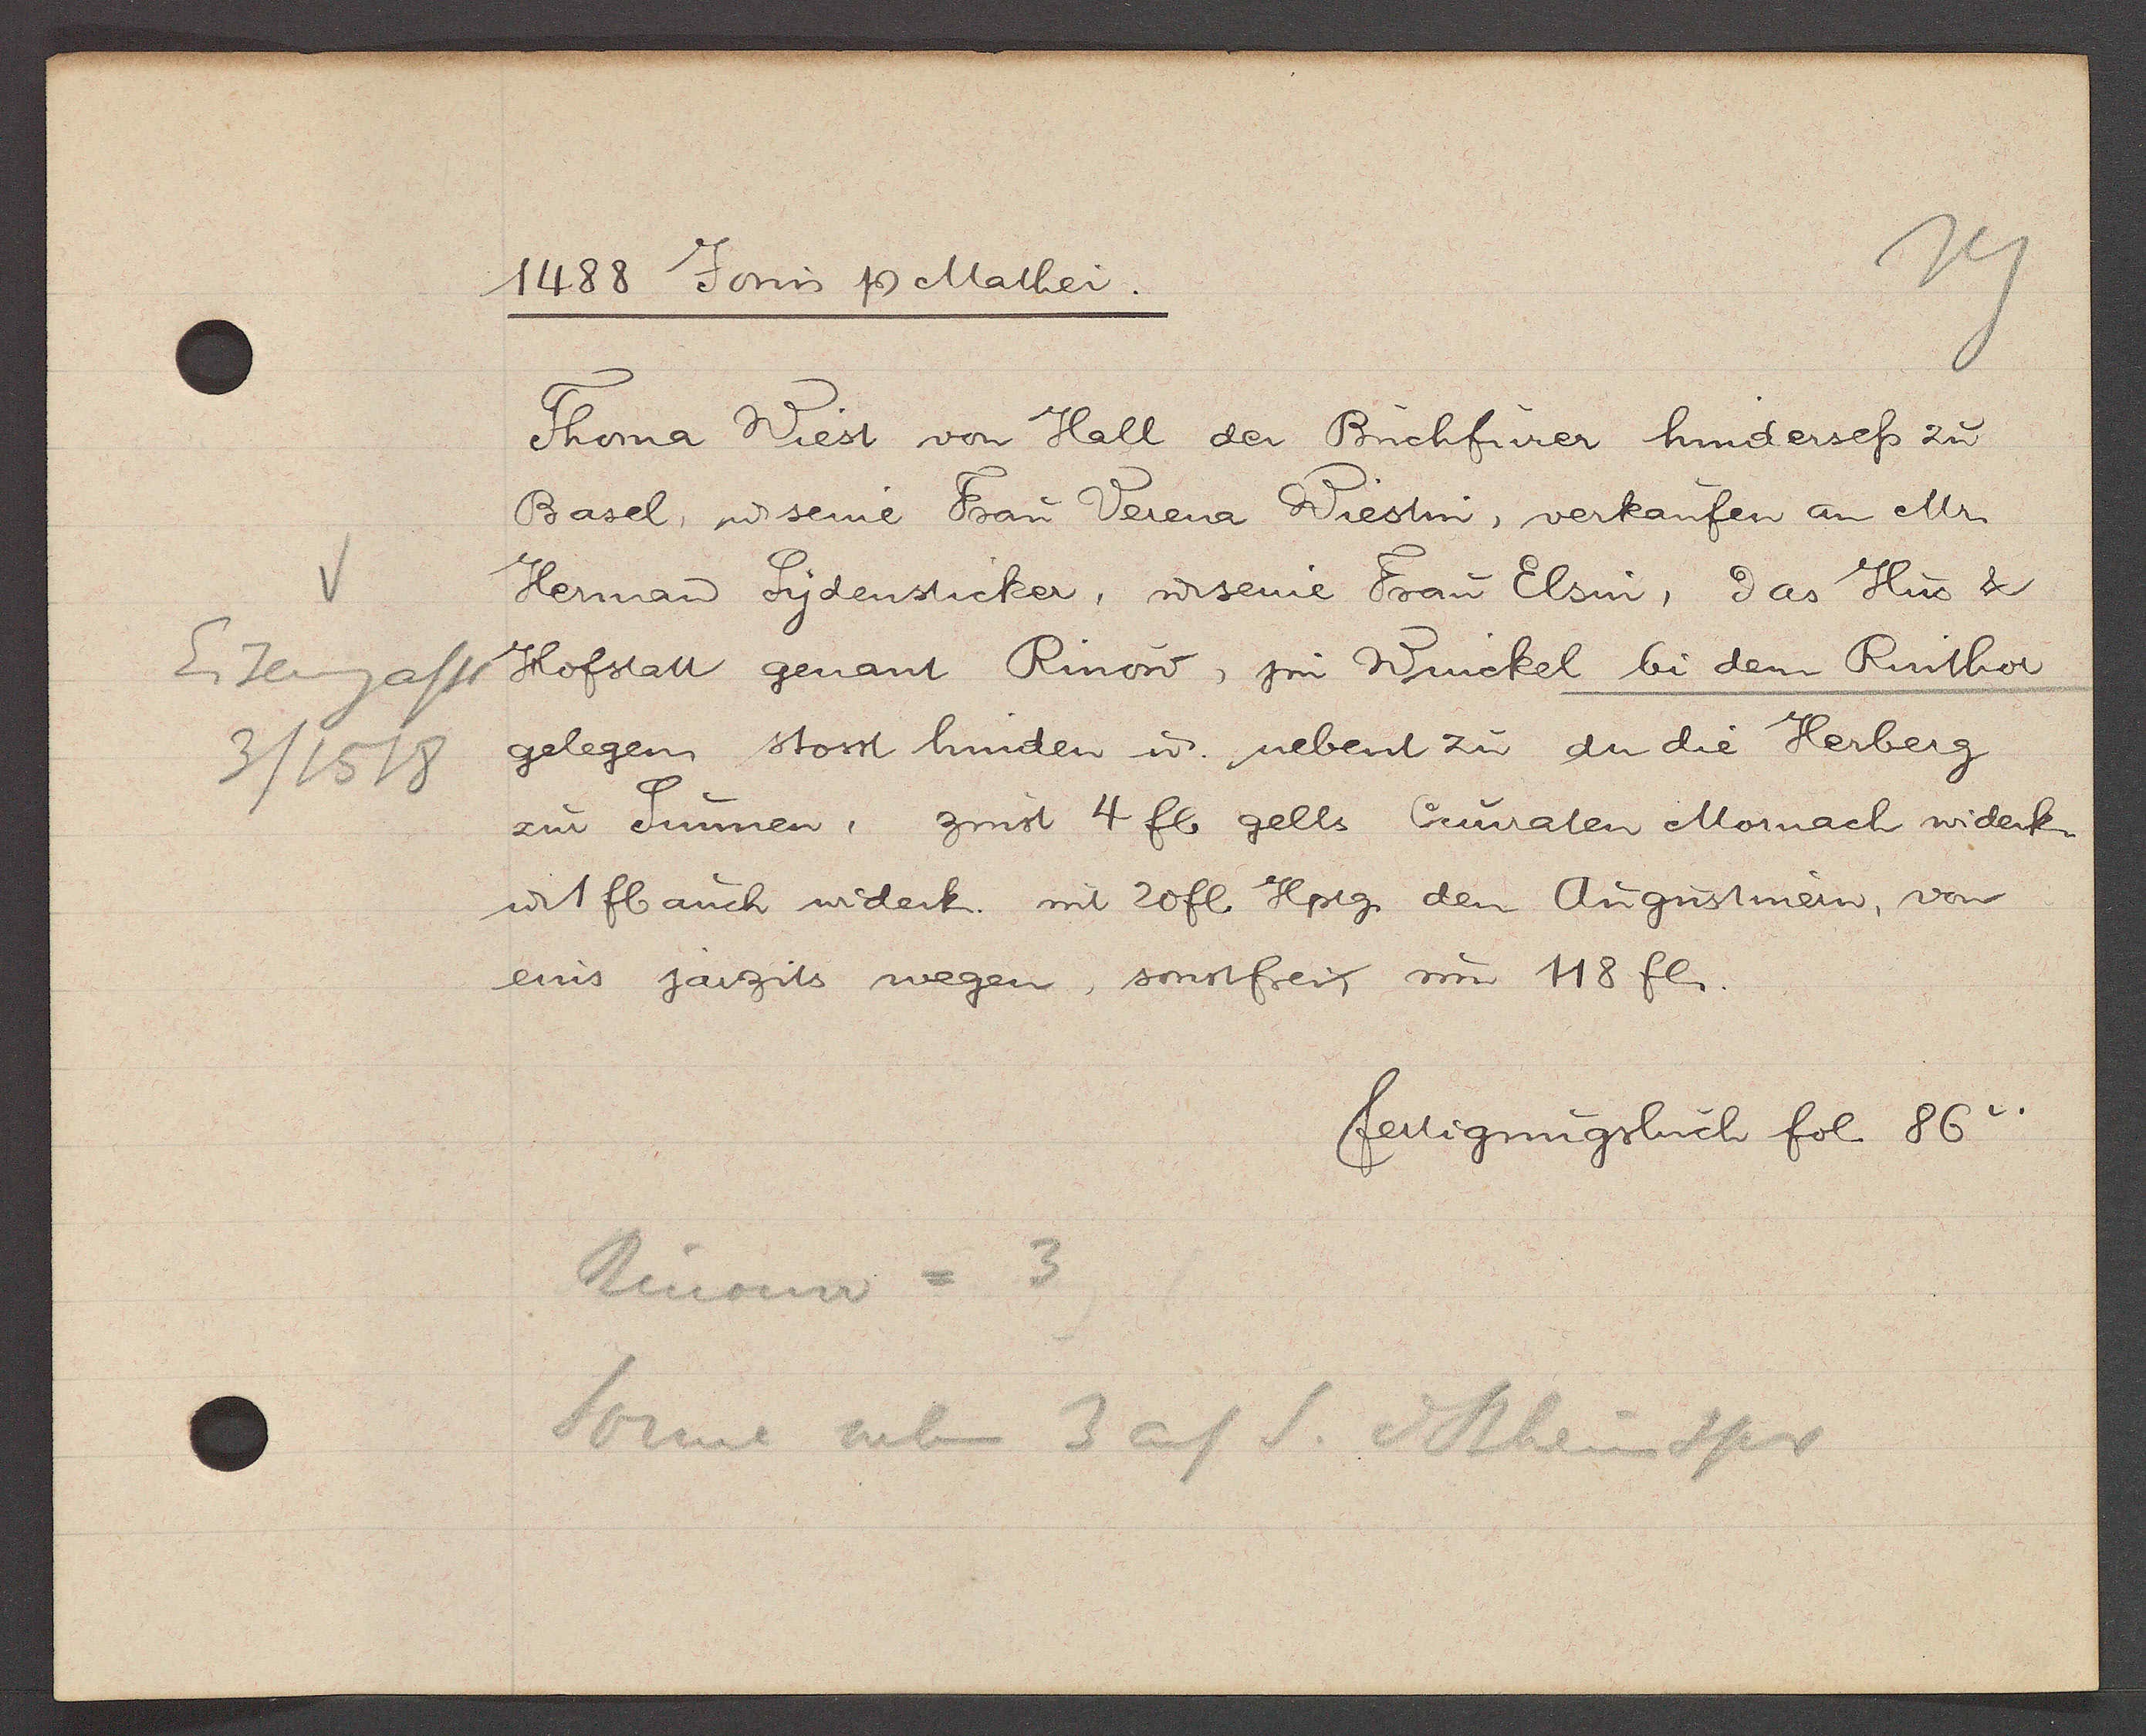
Transcript:
Eisengasse
3 / 1518

1488 Jovis Ƿ Mathei.

Thoma Wiest von Hall der Buchfurer hindersess zu
Basel, ư seine Frau Verena Wiestin, verkaufen an Mr
Herman Sydensticker, ư seine Frau Elsin, das Hus &
Hofstatt genant Rinow, jm Winckel bi dem Rinthor
gelegen, stosst hinden ư nebent zu an die Herberg
zur Sunnen, zinst 4 fl gelts Cunraten Mornach widerk.
u. 1 fl auch widerk. mit 20fl Hptg. den Augustinern, von
eins jarzits wegen, sonstfrei um 118 fl.

fertigungsbuch fol. 86v.

Rinouw = 3
Sonne neben 3 auf S. d Rheinspr